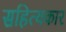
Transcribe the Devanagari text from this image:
सहित्यकार